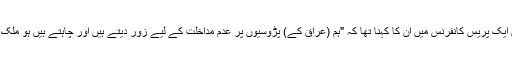
جمعے کے روز واشنگٹن میں ایک پریس کانفرنس میں ان کا کہنا تھا کہ "ہم (عراق کے) پڑوسیوں پر عدم مداخلت کے لیے زور دیتے ہیں اور چاہتے ہیں ہو ملک کے آئین کو سبوتاژ نہ کریں"۔